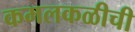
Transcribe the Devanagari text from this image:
कमलकळीची